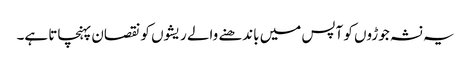
یہ نشہ جوڑوں کو آپس میں باندھنے والے ریشوں کو نقصان پہنچاتا ہے۔